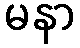
မနာ